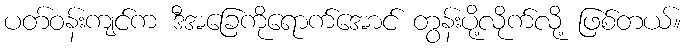
ပတ်ဝန်းကျင်က ဒီအခြေကိုရောက်အောင် တွန်းပို့လိုက်လို့ ဖြစ်တယ်။